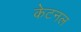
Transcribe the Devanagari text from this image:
केटनल